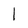
Character: I